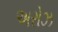
અરોઝ